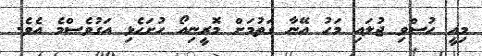
މިއީ ހުސްވި ޖުލައި މަހު އޭނާ ގަތުމަށް މޮރީނިއޯ ހުށަހެޅި އަގުވެސްމެ އެވެ.